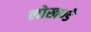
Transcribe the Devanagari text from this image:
लोखण्डे